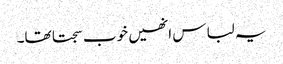
یہ لباس انھیں خوب سجتا تھا۔